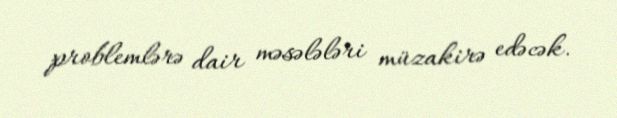
problemlərə dair məsələləri müzakirə edəcək.